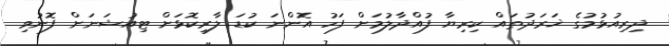
ދިރިއުޅުމުގެ ޚަރަދުތައް ކިރިޔާ ފުއްދާލުމަށް ފަހު އޮންނަ ކުޑަ ލާރިކޮޅަށް ޓިއުޝަނަށް ފޮނުވި